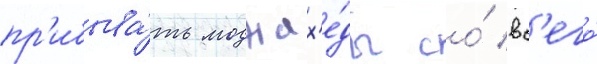
пр'ибыва́ть моджах'е́ды со́ вс'его́